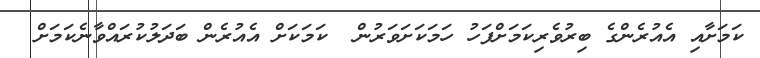
ކަމަށާއި އެއުރެންގެ ބިރުވެރިކަމަށްފަހު ހަމަކަށަވަރުން  ކަމަކަށް އެއުރެން ބަދަލުކުރައްވާނެކަމަށް